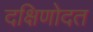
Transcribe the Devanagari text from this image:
दक्षिणोदत